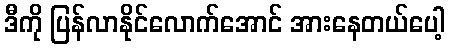
ဒီကို ပြန်လာနိုင်လောက်အောင် အားနေတယ်ပေါ့